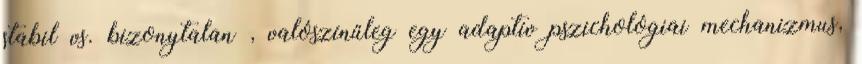
stabil vs. bizonytalan , valószínűleg egy adaptív pszichológiai mechanizmus,